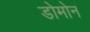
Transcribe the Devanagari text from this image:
डोमोन